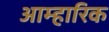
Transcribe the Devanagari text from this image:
आम्हारिक